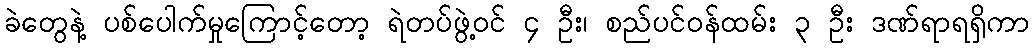
ခဲတွေနဲ့ ပစ်ပေါက်မှုကြောင့်တော့ ရဲတပ်ဖွဲ့ဝင် ၄ ဦး၊ စည်ပင်ဝန်ထမ်း ၃ ဦး ဒဏ်ရာရရှိကာ